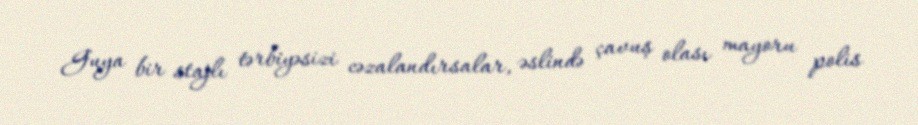
Guya bir stajlı tərbiyəsizi cəzalandırsalar, əslində çavuş olası mayoru polis